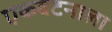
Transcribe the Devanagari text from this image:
एकबटनाला